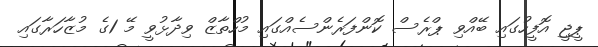
ޕީޖީ އޮފީހުގައި ބޭއްވި ޕްރެސް ކޮންފަރެންސެއްގައި މުހްތާޒް ވިދާޅުވީ މޭ 1ގެ މުޒާހަރާގައި